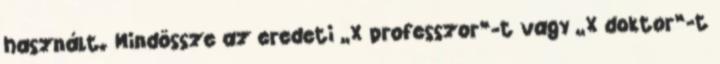
használt. Mindössze az eredeti „X professzor”-t vagy „X doktor”-t